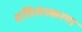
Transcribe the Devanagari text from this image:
प्रतिसंस्करण